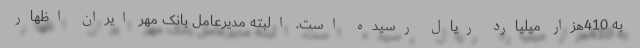
به 410هزار میلیارد ریال رسیده است. البته مدیرعامل بانک مهر ایران اظهار